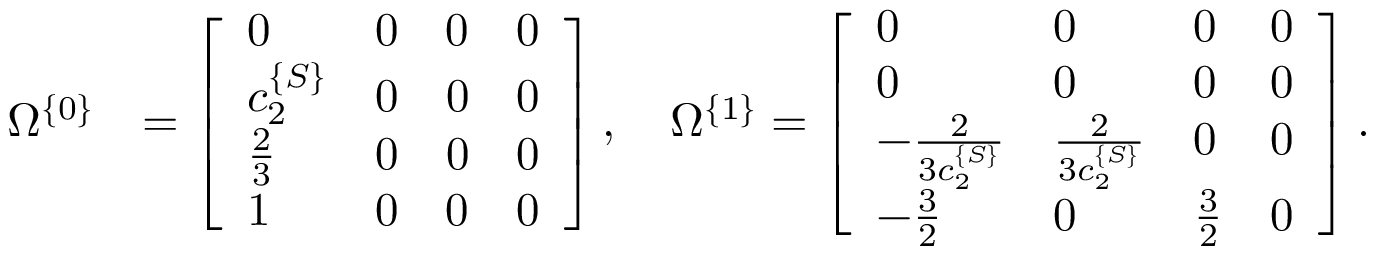
\begin{array} { r l } { \Omega ^ { \{ 0 \} } } & { = \left[ \begin{array} { l l l l } { 0 } & { 0 } & { 0 } & { 0 } \\ { c _ { 2 } ^ { \{ S \} } } & { 0 } & { 0 } & { 0 } \\ { \frac { 2 } { 3 } } & { 0 } & { 0 } & { 0 } \\ { 1 } & { 0 } & { 0 } & { 0 } \end{array} \right] , \quad \Omega ^ { \{ 1 \} } = \left[ \begin{array} { l l l l } { 0 } & { 0 } & { 0 } & { 0 } \\ { 0 } & { 0 } & { 0 } & { 0 } \\ { - \frac { 2 } { 3 c _ { 2 } ^ { \{ S \} } } } & { \frac { 2 } { 3 c _ { 2 } ^ { \{ S \} } } } & { 0 } & { 0 } \\ { - \frac { 3 } { 2 } } & { 0 } & { \frac { 3 } { 2 } } & { 0 } \end{array} \right] . } \end{array}